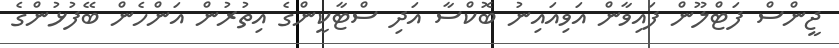
ޖީންސް ފަޓްލޫން ފައިވާން އަވިއައިނު ބޮކްސާ އަދި ސްޓާކީންގެ އިތުުރުން އަންހެން ބޭފުޅުންގެ